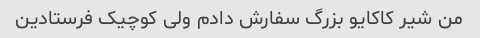
من شیر کاکایو بزرگ سفارش دادم ولی کوچیک فرستادین